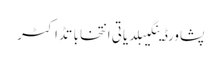
پشاورڈینگیبلدیاتی انتخاباتڈاکٹر